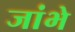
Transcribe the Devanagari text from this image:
जांभे